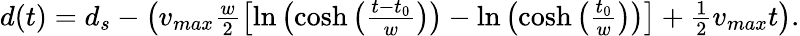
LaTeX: \begin{array}{r}{d(t)=d_{s}-\left(v_{max}\frac{w}{2}\left[\ln\left(\cosh\left(\frac{t-t_{0}}{w}\right)\right)-\ln\left(\cosh\left(\frac{t_{0}}{w}\right)\right)\right]+\frac{1}{2}v_{max}t\right).}\end{array}